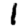
Digit: 1